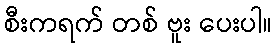
စီးကရက် တစ် ဗူး ပေးပါ။